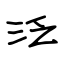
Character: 泛